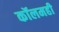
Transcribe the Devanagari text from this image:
कॉलमही